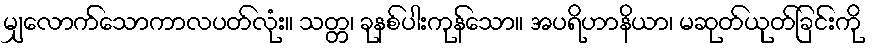
မျှလောက်သောကာလပတ်လုံး။ သတ္တ၊ ခုနစ်ပါးကုန်သော။ အပရိဟာနိယာ၊ မဆုတ်ယုတ်ခြင်းကို